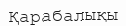
Қарабалықы